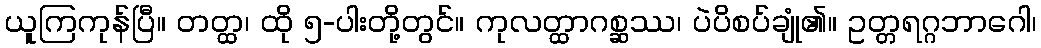
ယူကြကုန်ပြီ။ တတ္ထ၊ ထို ၅-ပါးတို့တွင်။ ကုလတ္ထာဂစ္ဆဿ၊ ပဲပိစပ်ချုံ၏။ ဥတ္တရဂ္ဂဘာဂေါ၊